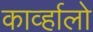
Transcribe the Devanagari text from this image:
काव्‍र्हालो